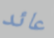
عائد